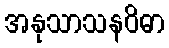
အနုသာသနဝိဓာ